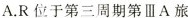
A.R位于第周期第ⅢA旅